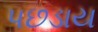
પછડાય